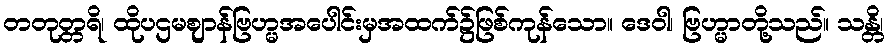
တတုတ္တရိ၊ ထိုပဌမဈာန်ဗြဟ္မအပေါင်းမှအထက်၌ဖြစ်ကုန်သော။ ဒေဝါ၊ ဗြဟ္မာတို့သည်။ သန္တိ၊